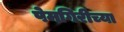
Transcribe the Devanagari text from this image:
पेमगिरीच्या